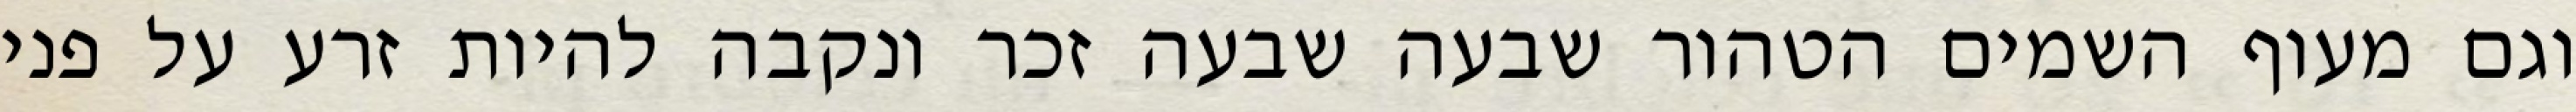
וגם מעוף השמים הטהור שבעה שבעה זכר ונקבה להיות זרע על פני